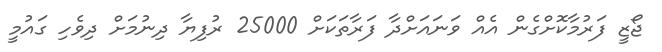
ޖޯޒީ ފަރުމާކޮށްގެން އެއް ވަނައަށްދާ ފަރާތަކަށް 25000 ރުފިޔާ ދިނުމަށް ދިވެހި ގައުމީ